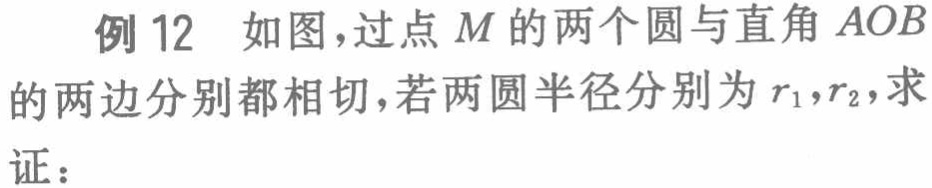
例12 如图，过点\(M\)的两个圆与直角\(AOB\)的两边分别都相切，若两圆半径分别为\(r_1,r_2\)，求证：